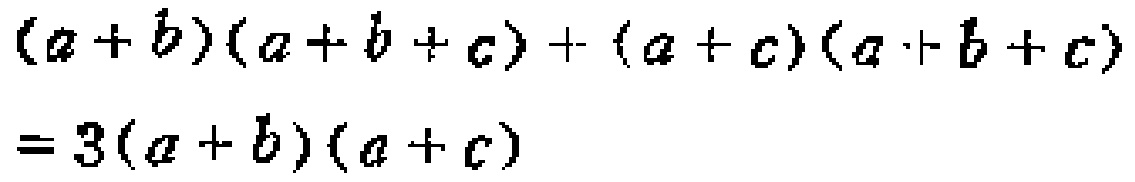
\((a + b)(a + b + c)+(a + c)(a + b + c)=3(a + b)(a + c)\)